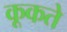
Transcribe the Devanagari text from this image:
कूकते